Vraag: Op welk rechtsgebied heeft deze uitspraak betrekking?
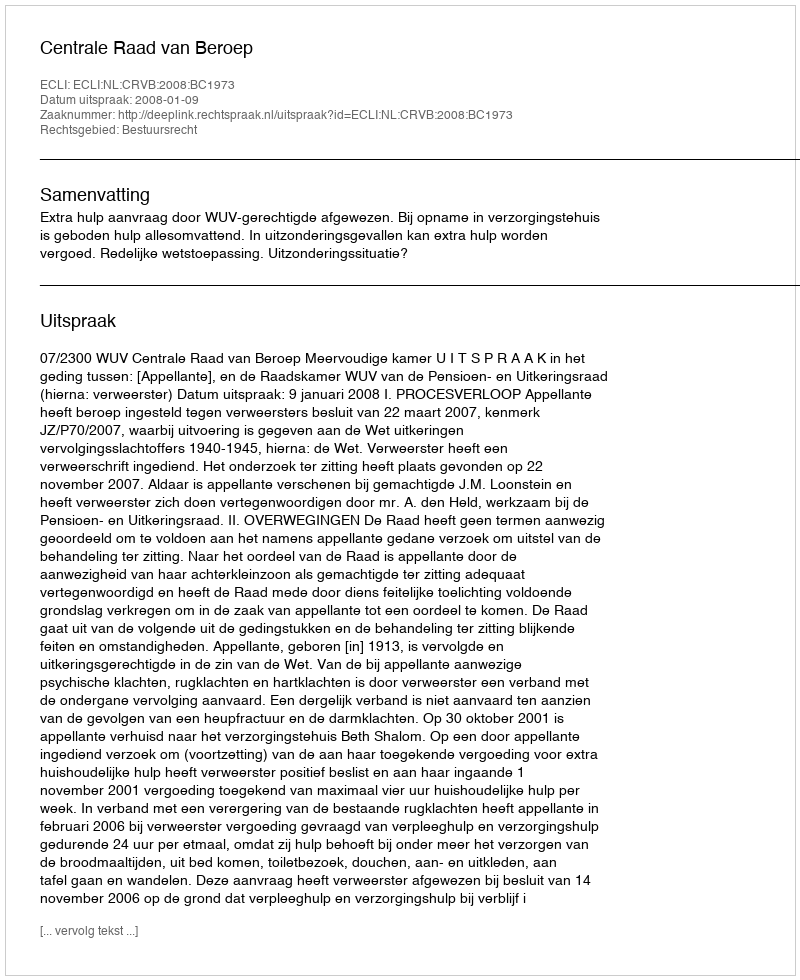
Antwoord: Bestuursrecht